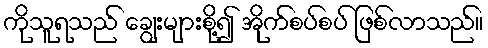
ကိုသူရသည် ချွေးများစို့၍ အိုက်စပ်စပ် ဖြစ်လာသည်။